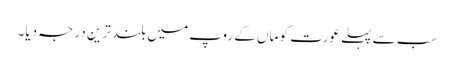
سب سے پہلے عورت کو ماں کے روپ میں بلند ترین درجہ دیا۔